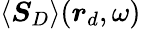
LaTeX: \langle\boldsymbol{S}_{D}\rangle(\boldsymbol{r}_{d},\omega)